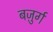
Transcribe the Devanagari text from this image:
बज़ुर्ग